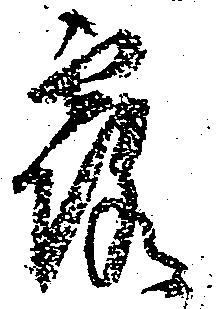
露